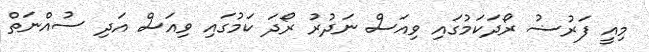
މިއީ ފަރުޟު ރޯދަކަމުގައި ވިއަސް ނަދުރު ރޯދަ ކަމުގައި ވިއަސް އަދި ސުއްނަތް